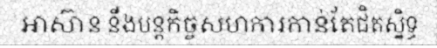
ឤស៊ាន នឹងបន្តកិច្ចសហការកាន់តែជិតស្និទ្ធ